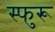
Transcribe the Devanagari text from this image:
स्फुरू